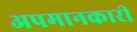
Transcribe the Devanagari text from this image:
अपमानकारी